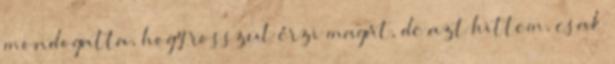
mondogatta, hogy rosszul érzi magát, de azt hittem, csak